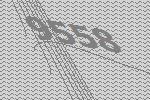
9558